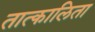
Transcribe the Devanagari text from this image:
तात्कालिता